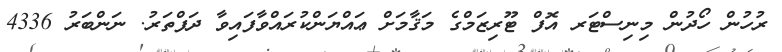
ރުހުން ހޯދުން މިނިސްޓަރ އޮފް ޓޫރިޒަމްގެ މަޤާމަށް ޢައްޔަންކުރައްވާފައިވާ ދަފްތަރު. ނަންބަރު 4336